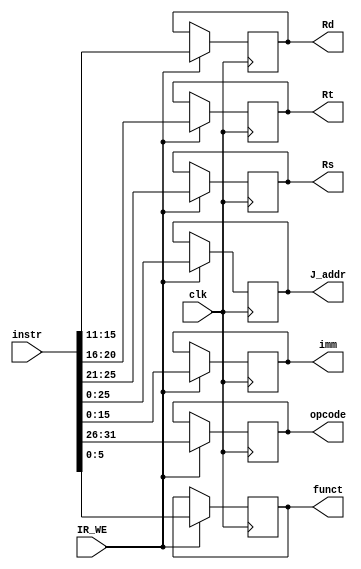
/*
 * Instruction decoder register that outputs Rs, Rt, Rd, funct, opcode, immediate and J_addr.
 *
 * Note that we don't include the shamt for R-type since we are not implementing shift in our CPU
 */

// opcode encoding

`define XORI  6'b001110
`define LW    6'b100011
`define SW    6'b101011
`define ADD   6'b100000
`define SUB   6'b100010
`define SLT   6'b101010
`define J     6'b000010
`define JAL   6'b000011
`define JR    6'b001000
`define BNE   6'b000101

module IR (
	input 				clk,
	input 				IR_WE,
	input		[31:0] 	instr,
	output reg	[4:0]	Rs,
	output reg	[4:0]	Rt,
	output reg	[4:0]	Rd,
	output reg 	[5:0]	funct,
	output reg	[5:0]	opcode, 
	output reg	[15:0] 	imm,
	output reg	[25:0]	J_addr
);

always @(posedge clk) begin
	if (IR_WE) begin
		funct <= instr[5:0];
		Rd <= instr[15:11]; 
		Rt <= instr[20:16]; 
		Rs <= instr[25:21]; 
		opcode <= instr[31:26];
		imm <= instr[15:0];
		J_addr <= instr[25:0];
	end
end

endmodule